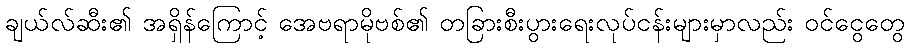
ချယ်လ်ဆီး၏ အရှိန်ကြောင့် အေဗရာမိုဗစ်၏ တခြားစီးပွားရေးလုပ်ငန်းများမှာလည်း ဝင်ငွေတွေ